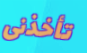
تأخذنى